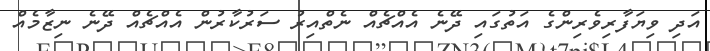
އަދި ވިޔަފާރިވެރިންގެ އަތުގައި ދޭނެ އެއްޗެއް ނެތްއިރު ސަރުކާރުން އެއްޗެއް ދޭނެ ނިޒާމެއް